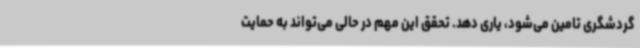
گردشگری تامین می‌شود، یاری دهد. تحقق این مهم در حالی می‌تواند به حمایت